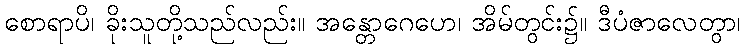
စောရာပိ၊ ခိုးသူတို့သည်လည်း။ အန္တောဂေဟေ၊ အိမ်တွင်း၌။ ဒီပံဇာလေတွာ၊